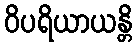
ဝိပရိယာယန္တိ